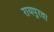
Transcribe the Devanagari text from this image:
रायपुरवा